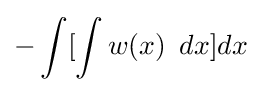
-\int [\int w(x)\ \,dx]dx